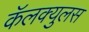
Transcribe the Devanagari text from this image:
कॅलक्युलस